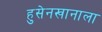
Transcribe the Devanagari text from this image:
हुसेनखानाला